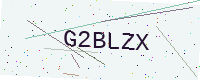
Text: G2BLZX